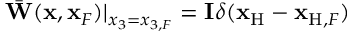
\bar { \bf W } ( { \bf x } , { \bf x } _ { F } ) | _ { x _ { 3 } = { x _ { 3 , F } } } = { \bf I } \delta ( { { \bf x } _ { \mathrm { H } } } - { { \bf x } _ { \mathrm { H } , F } } )